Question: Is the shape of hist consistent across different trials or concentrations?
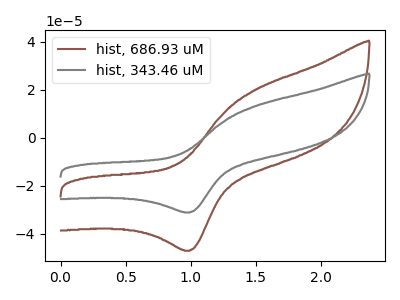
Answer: <think>The brown curve "hist, 686.93 uM" has an anodic peak at (1.50V, 20.05uA) and a cathodic peak at (1.00V, -47.00uA). The gray curve "hist, 343.46 uM" has an anodic peak at (1.50V, 13.25uA) and a cathodic peak at (1.00V, -31.05uA).
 All the peaks in "hist, 686.93 uM" have a peak in "hist, 343.46 uM" at the same potential. Every peak in "hist, 686.93 uM" is higher than every peak in "hist, 343.46 uM".</think>
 <answer>All the CV's of "hist" have similar shape.</answer>
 <eval>follow_rule</eval>